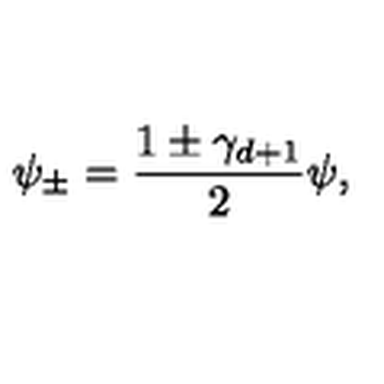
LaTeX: \psi _ { \pm } = \frac { 1 \pm \gamma _ { d + 1 } } { 2 } \psi ,